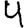
Digit: 4